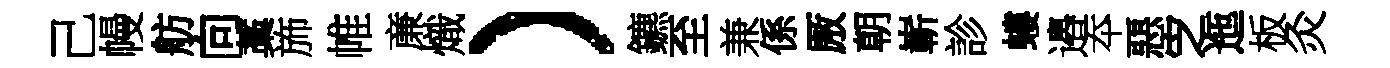
己幔舫向藁斾帷亷熾）鑣至兼係厫朝嶄診螻邉夲惡㝎迤板灸